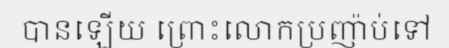
បានឡើយ ព្រោះលោកប្រញ៉ាប់ទៅ